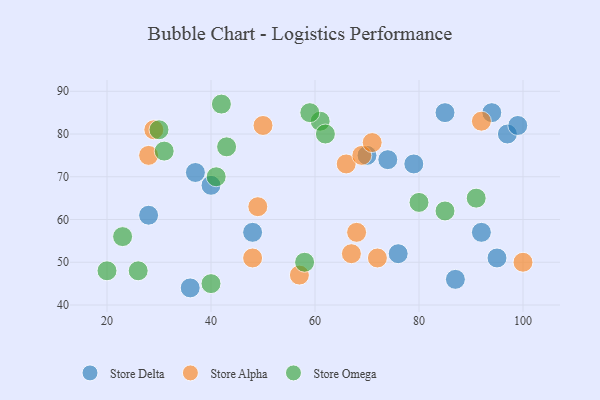
{"axis": {"x": "GDP", "y": "Life Expectancy"}, "legend": ["Store Alpha", "Store Delta", "Store Omega"], "data": [{"x": "74", "y": 74, "type": "Store Delta"}, {"x": "70", "y": 75, "type": "Store Delta"}, {"x": "36", "y": 44, "type": "Store Delta"}, {"x": "28", "y": 61, "type": "Store Delta"}, {"x": "40", "y": 68, "type": "Store Delta"}, {"x": "37", "y": 71, "type": "Store Delta"}, {"x": "76", "y": 52, "type": "Store Delta"}, {"x": "85", "y": 85, "type": "Store Delta"}, {"x": "87", "y": 46, "type": "Store Delta"}, {"x": "95", "y": 51, "type": "Store Delta"}, {"x": "97", "y": 80, "type": "Store Delta"}, {"x": "79", "y": 73, "type": "Store Delta"}, {"x": "92", "y": 57, "type": "Store Delta"}, {"x": "48", "y": 57, "type": "Store Delta"}, {"x": "94", "y": 85, "type": "Store Delta"}, {"x": "99", "y": 82, "type": "Store Delta"}, {"x": "49", "y": 63, "type": "Store Alpha"}, {"x": "48", "y": 51, "type": "Store Alpha"}, {"x": "66", "y": 73, "type": "Store Alpha"}, {"x": "69", "y": 75, "type": "Store Alpha"}, {"x": "67", "y": 52, "type": "Store Alpha"}, {"x": "71", "y": 78, "type": "Store Alpha"}, {"x": "92", "y": 83, "type": "Store Alpha"}, {"x": "68", "y": 57, "type": "Store Alpha"}, {"x": "100", "y": 50, "type": "Store Alpha"}, {"x": "50", "y": 82, "type": "Store Alpha"}, {"x": "28", "y": 75, "type": "Store Alpha"}, {"x": "29", "y": 81, "type": "Store Alpha"}, {"x": "57", "y": 47, "type": "Store Alpha"}, {"x": "72", "y": 51, "type": "Store Alpha"}, {"x": "20", "y": 48, "type": "Store Omega"}, {"x": "42", "y": 87, "type": "Store Omega"}, {"x": "43", "y": 77, "type": "Store Omega"}, {"x": "30", "y": 81, "type": "Store Omega"}, {"x": "23", "y": 56, "type": "Store Omega"}, {"x": "40", "y": 45, "type": "Store Omega"}, {"x": "41", "y": 70, "type": "Store Omega"}, {"x": "31", "y": 76, "type": "Store Omega"}, {"x": "61", "y": 83, "type": "Store Omega"}, {"x": "80", "y": 64, "type": "Store Omega"}, {"x": "26", "y": 48, "type": "Store Omega"}, {"x": "62", "y": 80, "type": "Store Omega"}, {"x": "91", "y": 65, "type": "Store Omega"}, {"x": "85", "y": 62, "type": "Store Omega"}, {"x": "59", "y": 85, "type": "Store Omega"}, {"x": "58", "y": 50, "type": "Store Omega"}]}